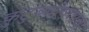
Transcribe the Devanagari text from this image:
कुटुंबपोषणाचा